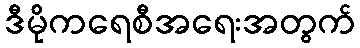
ဒီမိုကရေစီအရေးအတွက်